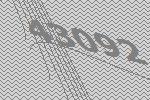
43092